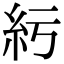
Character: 䊸